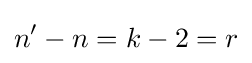
n'-n=k-2=r